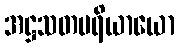
အဋ္ဌသတပရိယာယော